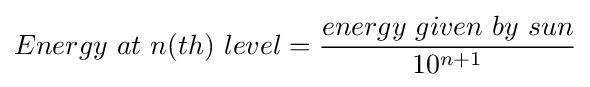
Energy\ at\ n(th)\ level={\frac {energy\ given\ by\ sun}{10^{n+1}}}